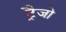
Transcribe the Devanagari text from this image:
ट्रैजो